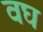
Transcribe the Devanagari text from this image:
वघ